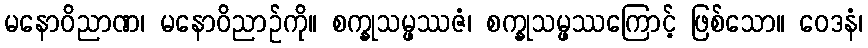
မနောဝိညာဏ၊ မနောဝိညာဉ်ကို။ စက္ခုသမ္ဖဿဇံ၊ စက္ခုသမ္ဖဿကြောင့် ဖြစ်သော။ ဝေဒနံ၊